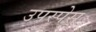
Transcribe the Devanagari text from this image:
उपस्पेस